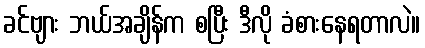
ခင်ဗျား ဘယ်အချိန်က စပြီး ဒီလို ခံစားနေရတာလဲ။